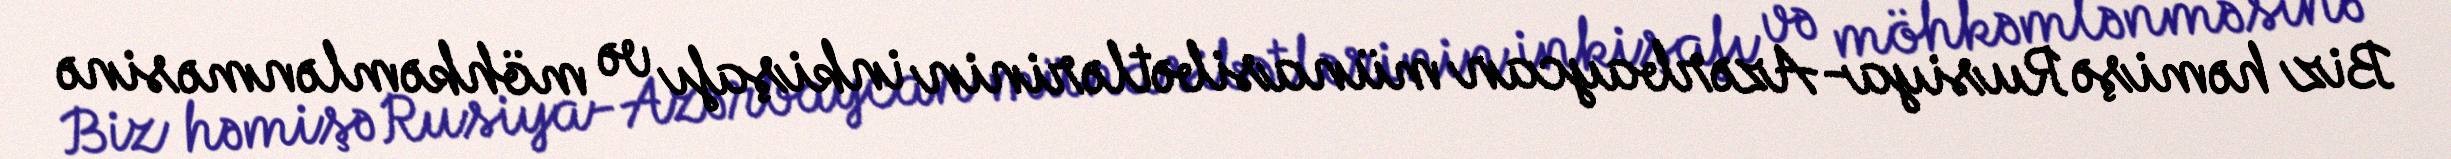
Biz həmişə Rusiya-Azərbaycan münasibətlərinin inkişafı və möhkəmlənməsinə